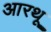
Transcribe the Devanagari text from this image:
आरथू